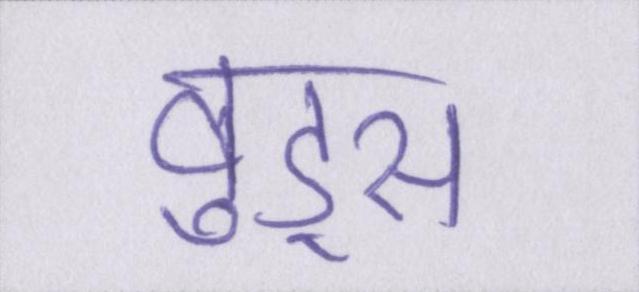
वुड्स